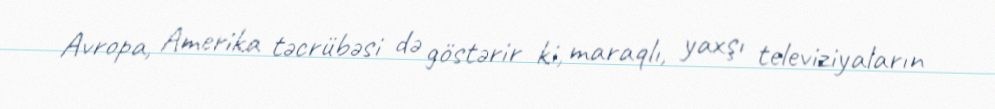
Avropa, Amerika təcrübəsi də göstərir ki, maraqlı, yaxşı televiziyaların